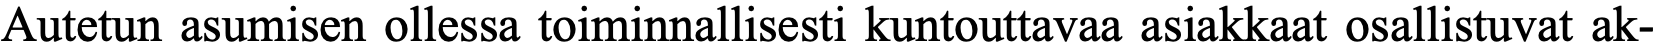
Autetun asumisen ollessa toiminnallisesti kuntouttavaa asiakkaat osallistuvat ak-